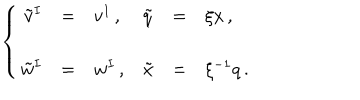
\left\{ \begin{array} { r c l r c l } { { \tilde { v } ^ { I } } } & { { = } } & { { v ^ { I } \, , \hspace { 1 c m } } } & { { \tilde { q } } } & { { = } } & { { \xi x \, , } } \\ { { } } & { { } } & { { } } \\ { { \tilde { w } ^ { I } } } & { { = } } & { { w ^ { I } \, , } } & { { \tilde { x } } } & { { = } } & { { \xi ^ { - 1 } q \, . } } \\ \end{array} \right.